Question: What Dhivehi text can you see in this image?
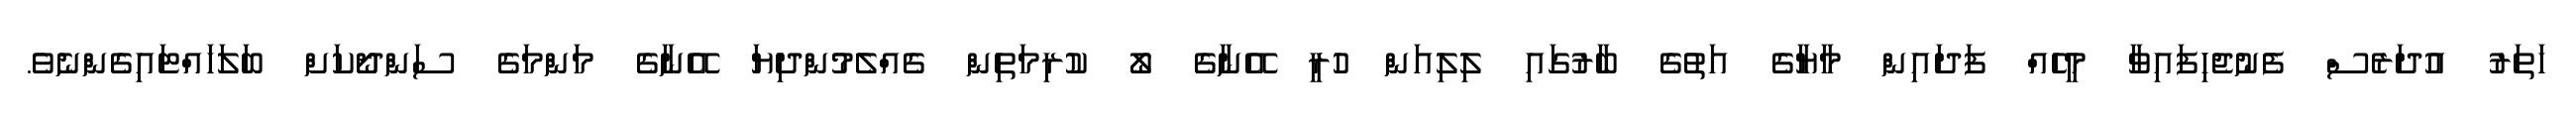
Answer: ހަތަރު އުދަރެސް ފެނުޖެހިފައިވާ މީހެއް ފަދައިން މާޔާގެ އަތުގެ ބާރުގައި ލިލިއަން ހުރީ އޭނާގެ ލޯ ކުރިމަތިން ގެއްލެމުންދިޔަ އޭނާގެ މަންމަގެ ސަންދޯކަށް ބަލަހައްޓައިގެންނެވެ.